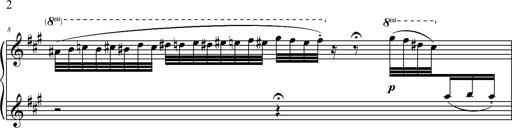
Title: 2 LÃ©gendes
Composer: Franz Liszt